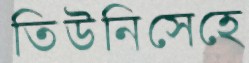
তিউনিসেহে